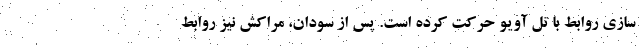
سازی روابط با تل آویو حرکت کرده است. پس از سودان، مراکش نیز روابط